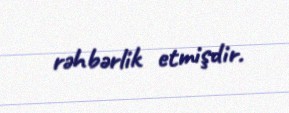
rəhbərlik etmişdir.